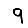
Digit: 9